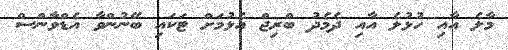
މާލެ އާއި ހުޅުލެ އާއި ދެމެދު ބްރިޖް އެޅުމަށް ޓަކައި ބޭނުންވާ އެޑްވާންސް